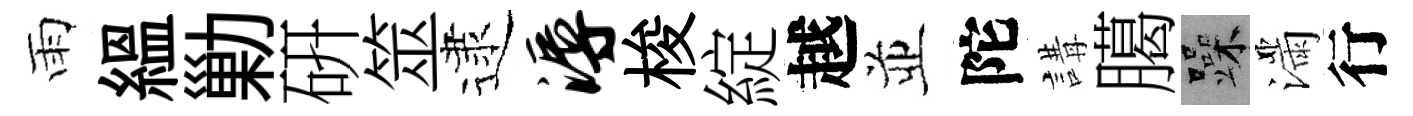
雨緼勦硏筮逮溽梭綻越並陀講臈躁滿行